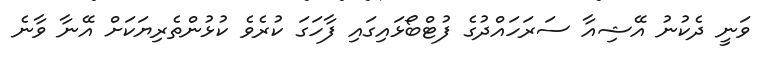
ވަނީ ދެކުނު އޭޝިއާ ސަރަހައްދުގެ ފުޓްބޯޅައިގައި ފާހަގަ ކުރެވެ ކުޅުންތެރިޔަކަށް އޭނާ ވާނެ